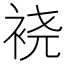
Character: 𫋹